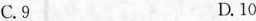
C.9 D.10